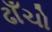
ઢાઁચો